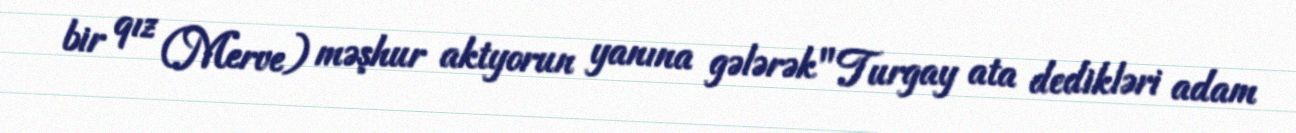
bir qız (Merve) məşhur aktyorun yanına gələrək "Turgay ata dedikləri adam